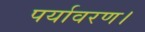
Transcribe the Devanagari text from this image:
पर्यावरण।